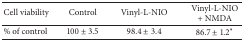
| Cell viability | Control | Vinyl-L-NIO | Vinyl-L-NIO + NMDA |
 | --- | --- | --- | --- |
 | % of control | 100 ± 3.5 | 98.4 ± 3.4 | 86.7 ± 1.2∗ |